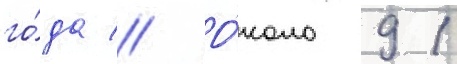
го́да // О́коло 91